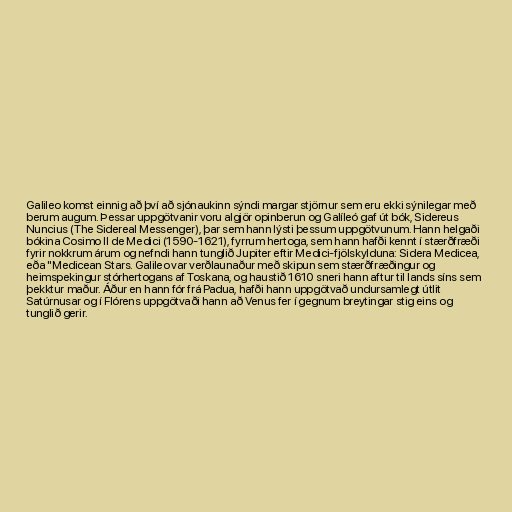
Galileo komst einnig að því að sjónaukinn sýndi margar stjörnur sem eru ekki sýnilegar með
berum augum. Þessar uppgötvanir voru algjör opinberun og Galíleó gaf út bók, Sidereus
Nuncius (The Sidereal Messenger), þar sem hann lýsti þessum uppgötvunum. Hann helgaði
bókina Cosimo II de Medici (1590-1621), fyrrum hertoga, sem hann hafði kennt í stærðfræði
fyrir nokkrum árum og nefndi hann tunglið Jupiter eftir Medici-fjölskylduna: Sidera Medicea,
eða "Medicean Stars. Galileo var verðlaunaður með skipun sem stærðfræðingur og
heimspekingur stórhertogans af Toskana, og haustið 1610 sneri hann aftur til lands síns sem
þekktur maður. Áður en hann fór frá Padua, hafði hann uppgötvað undursamlegt útlit
Satúrnusar og í Flórens uppgötvaði hann að Venus fer í gegnum breytingar stig eins og
tunglið gerir.